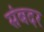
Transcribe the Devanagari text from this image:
संबदर